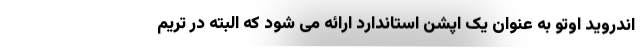
اندروید اوتو به عنوان یک اپشن استاندارد ارائه می شود که البته در تریم